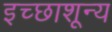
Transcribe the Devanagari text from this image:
इच्छाशून्य